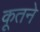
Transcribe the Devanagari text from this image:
कूतने